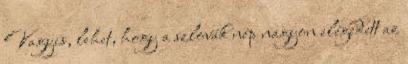
Vagyis, lehet, hogy a szlovák nép nagyon elégedett az